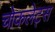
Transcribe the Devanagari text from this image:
चोकलेट्स